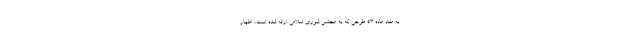
به مفاد ماده ۵۳ طرحی که به مجلس شورای اسلامی ارائه شده است، اظهار